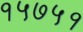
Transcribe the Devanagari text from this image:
१५७५१